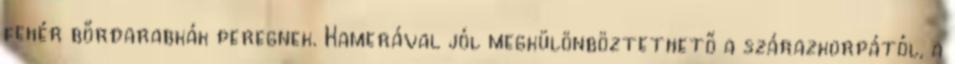
fehér bőrdarabkák peregnek. Kamerával jól megkülönböztethető a szárazkorpától, a